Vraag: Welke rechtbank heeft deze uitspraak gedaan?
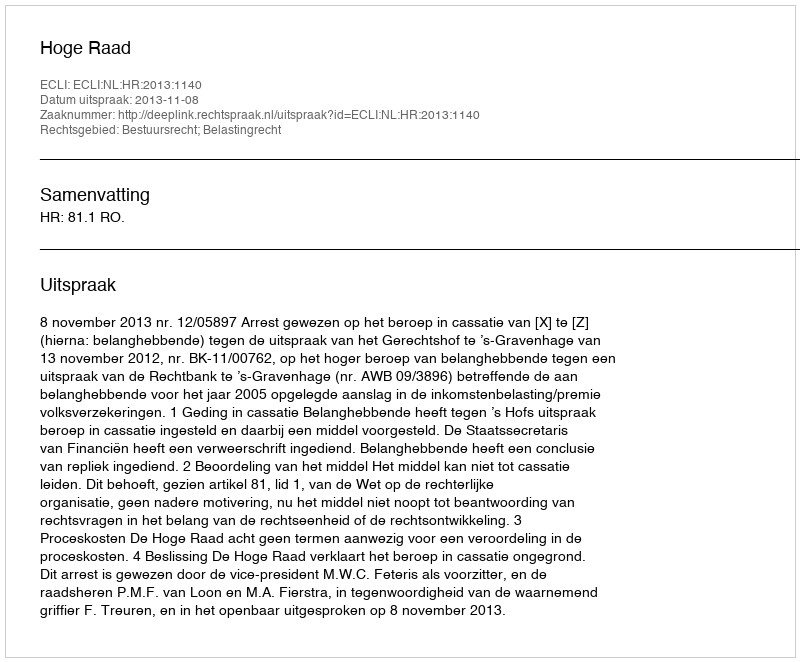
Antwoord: Hoge Raad